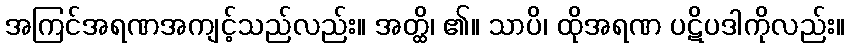
အကြင်အရဏအကျင့်သည်လည်း။ အတ္ထိ၊ ၏။ သာပိ၊ ထိုအရဏ ပဋိပဒါကိုလည်း။